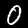
Label: 0